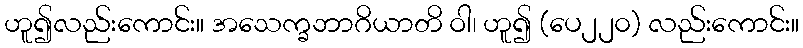
ဟူ၍လည်းကောင်း။ အသေက္ခဘာဂိယာတိ ဝါ၊ ဟူ၍ (ပေ၂၂၀) လည်းကောင်း။